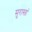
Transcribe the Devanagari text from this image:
सुरास्तां